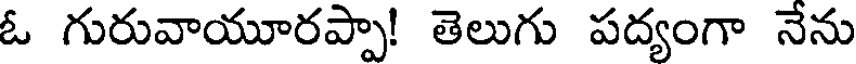
ఓ గురువాయూరప్పా! తెలుగు పద్యంగా నేను